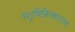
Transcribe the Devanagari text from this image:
पशुचिकित्साशाला